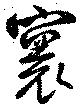
寰